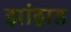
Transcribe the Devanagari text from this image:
झांझड